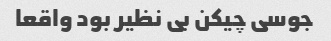
جوسی چیکن بی نظیر بود واقعا